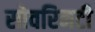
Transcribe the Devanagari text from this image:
सोवरिनटी